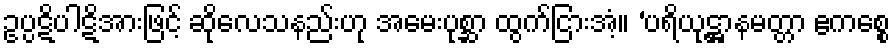
ဥပ္ပဋိပါဋိအားဖြင့် ဆိုလေသနည်းဟု အမေးပုစ္ဆာ ထွက်ငြားအံ့။ ‘ပရိယုဋ္ဌာနမတ္တာ ဧကစ္စေ